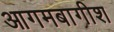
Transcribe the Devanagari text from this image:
आगमबागीश